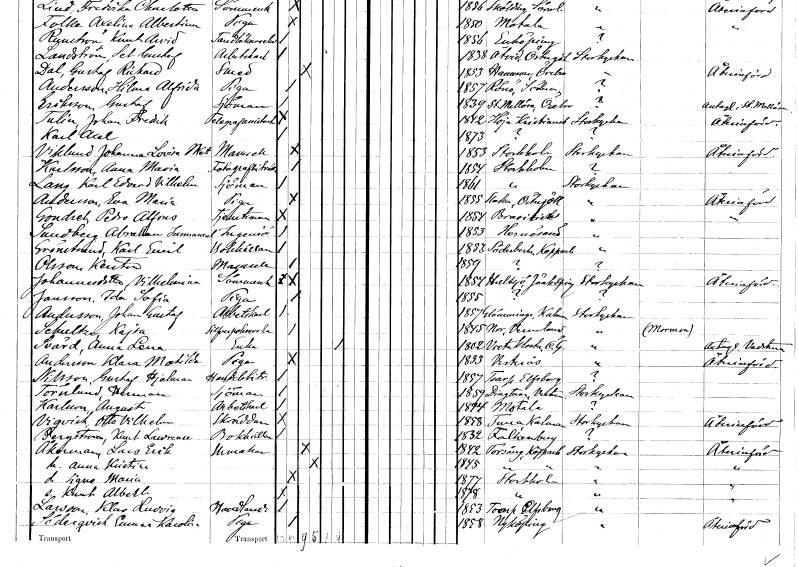
gt_parse: households: individuals: FN: Johanna Lovisa Matilda
EN: Viklund
KON: K
CIV: O
FODAR: 1853
FODFORS: Stockholm
FN: Anna Maria
EN: Karlsson
YRKE: Fotografbiträde
KON: K
CIV: O
FODAR: 1854
FODFORS: Stockholm
FN: Karl Edvard Vilhelm
EN: Lang
YRKE: Sjöman
KON: M
CIV: O
FODAR: 1861
FODFORS: Stockholm
FN: Eva Maria
EN: Andersson
YRKE: Piga
KON: K
CIV: O
FODAR: 1855
FODFORS: Slaka Östergötlands län
FN: Pedro Alfons
EN: Gondreh
YRKE: Tjänsteman
KON: M
CIV: O
FODAR: 1854
FN: Abraham Imanuell
EN: Sandberg
YRKE: Ingenjör
KON: M
CIV: O
FODAR: 1853
FODFORS: Härnösand Västernorrlands län
FN: Karl Emil
EN: Grönstrand
YRKE: Bokhållare
KON: M
CIV: O
FODAR: 1853
FODFORS: Söderbärke Kopparbergs län
FN: Kerstin
EN: Olsson
KON: K
CIV: O
FODAR: 1859
FN: Vilhelmina
EN: Johannesdotter
YRKE: Sömmerska
KON: K
CIV: O
FODAR: 1854
FODFORS: Hultsjö Jönköpings län
FN: Ida Sofia
EN: Jansson
YRKE: Piga
KON: K
CIV: O
FODAR: 1855
FN: Johan Gustaf
EN: Andersson
YRKE: Arbetskarl
KON: M
CIV: O
FODAR: 1857
FODFORS: Glömminge Kalmar län
FN: Kajsa
EN: Schultz
YRKE: Silverpolererska
KON: K
CIV: O
FODAR: 1845
FODFORS: Nor Värmlands län
FN: Anna Lena
EN: Svärd
YRKE: Änka
KON: K
CIV: E
FODAR: 1802
FODFORS: Vreta kloster Östergötlands län
FN: Klara Matilda
EN: Andersson
YRKE: Piga
KON: K
CIV: O
FODAR: 1833
FODFORS: Västerås Västmanlands län
FN: Gustaf Hjalmar
EN: Nilsson
YRKE: Handelsbiträde
KON: M
CIV: O
FODAR: 1857
FODFORS: Toarp Älvsborgs län
FN: Herman
EN: Törnlund
YRKE: Sjöman
KON: M
CIV: O
FODAR: 1859
FODFORS: Dingtuna Västmanlands län
FN: August
EN: Karlsson
YRKE: Arbetskarl
KON: M
CIV: O
FODAR: 1844
FODFORS: Motala Östergötlands län
FN: Otto Vilhelm
EN: Vigvich
YRKE: Skräddare
KON: M
CIV: O
FODAR: 1858
FODFORS: Tuna Kalmar län
FN: Knut Laurense
EN: Bergström
YRKE: Bokhållare
KON: M
CIV: O
FODAR: 1832
FODFORS: Falkenberg Hallands län
FN: Lars Erik
EN: Åkerman
YRKE: Urmakare
KON: M
CIV: G
FODAR: 1842
FODFORS: Torsång Kopparbergs län
FN: Anna Kristina
KON: K
CIV: G
FODAR: 1845
FODFORS: Torsång Kopparbergs län
FN: Signe Maria
KON: K
CIV: O
FODAR: 1877
FODFORS: Stockholm
FN: Kurt Albert
KON: M
CIV: O
FODAR: 1878
FODFORS: Stockholm
FN: Klas Ludvig
EN: Larsson
YRKE: Handlande
KON: M
CIV: O
FODAR: 1853
FODFORS: Toarp Älvsborgs län
FN: Emma Karolina
EN: Söderqvist
YRKE: Piga
KON: K
CIV: O
FODAR: 1858
FODFORS: Nyköping Södermanlands län